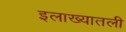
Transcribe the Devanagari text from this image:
इलाख्यातली